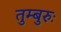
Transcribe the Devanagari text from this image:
तुम्बुरुः